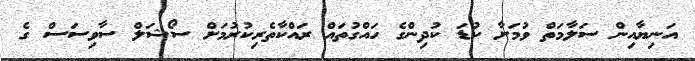
އަނިޔާއިން ސަލާމަތް ވުމަށާ ކުޑަ ކުދިންގެ ހައްގުތައް ރައްކާތެރިކުރުމަށް ސޯޝަލް ސާވިސަސް ގެ